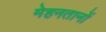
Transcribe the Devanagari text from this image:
मेहनतानों